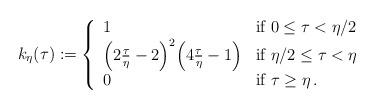
LaTeX: \begin{align*}k_{\eta}(\tau):= \left\{\begin{array}{lll}1& \hbox{if } 0 \leq \tau <\eta/2\\\Big(2\frac{\tau}{\eta} - 2 \Big)^2\Big(4\frac{\tau}{\eta} - 1\Big)& \hbox{if } \eta/2 \leq \tau< \eta\\0 & \hbox{if } \tau\geq \eta\,.\end{array}\right.\end{align*}